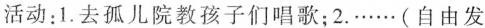
活动：1.去孤儿院教孩子们唱歌；2.……（自由发